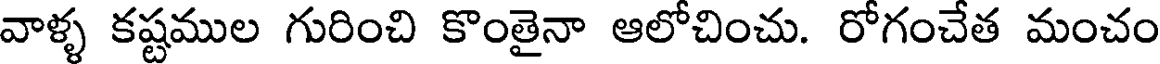
వాళ్ళ కష్టముల గురించి కొంతైనా ఆలోచించు. రోగంచేత మంచం